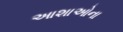
આશાઓના